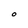
Character: O